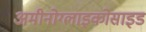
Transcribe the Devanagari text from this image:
अमीनोग्लाइकोसाइड